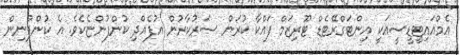
އެމްއައިޓީޑީސީއަކީ އިންޓަގްރޭޓެޑް ޓޫރިޒަމް ފައްކާ ކުރަން ސަރުކާރުން އުފެއްދި ކުންފުންޏެކެވެ. އެ ކުންފުނިން